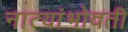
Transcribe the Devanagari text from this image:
नात्यांभोवती